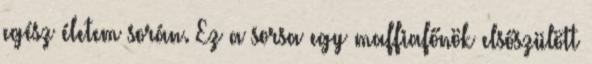
egész életem során. Ez a sorsa egy maffiafőnök elsőszülött